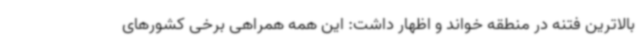
بالاترین فتنه در منطقه خواند و اظهار داشت: این همه همراهی برخی کشورهای